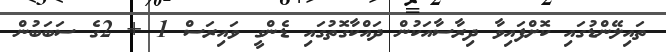
ތައިލޭންޑުގައި ކޮށްފައިވާ ދިރާސާއަކުން ދައްކާގޮތުގައި ޑެންގީ ވައިރަސް 1 + 2ގެ ސަބަބުން